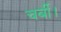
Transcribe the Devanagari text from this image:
चर्बी।